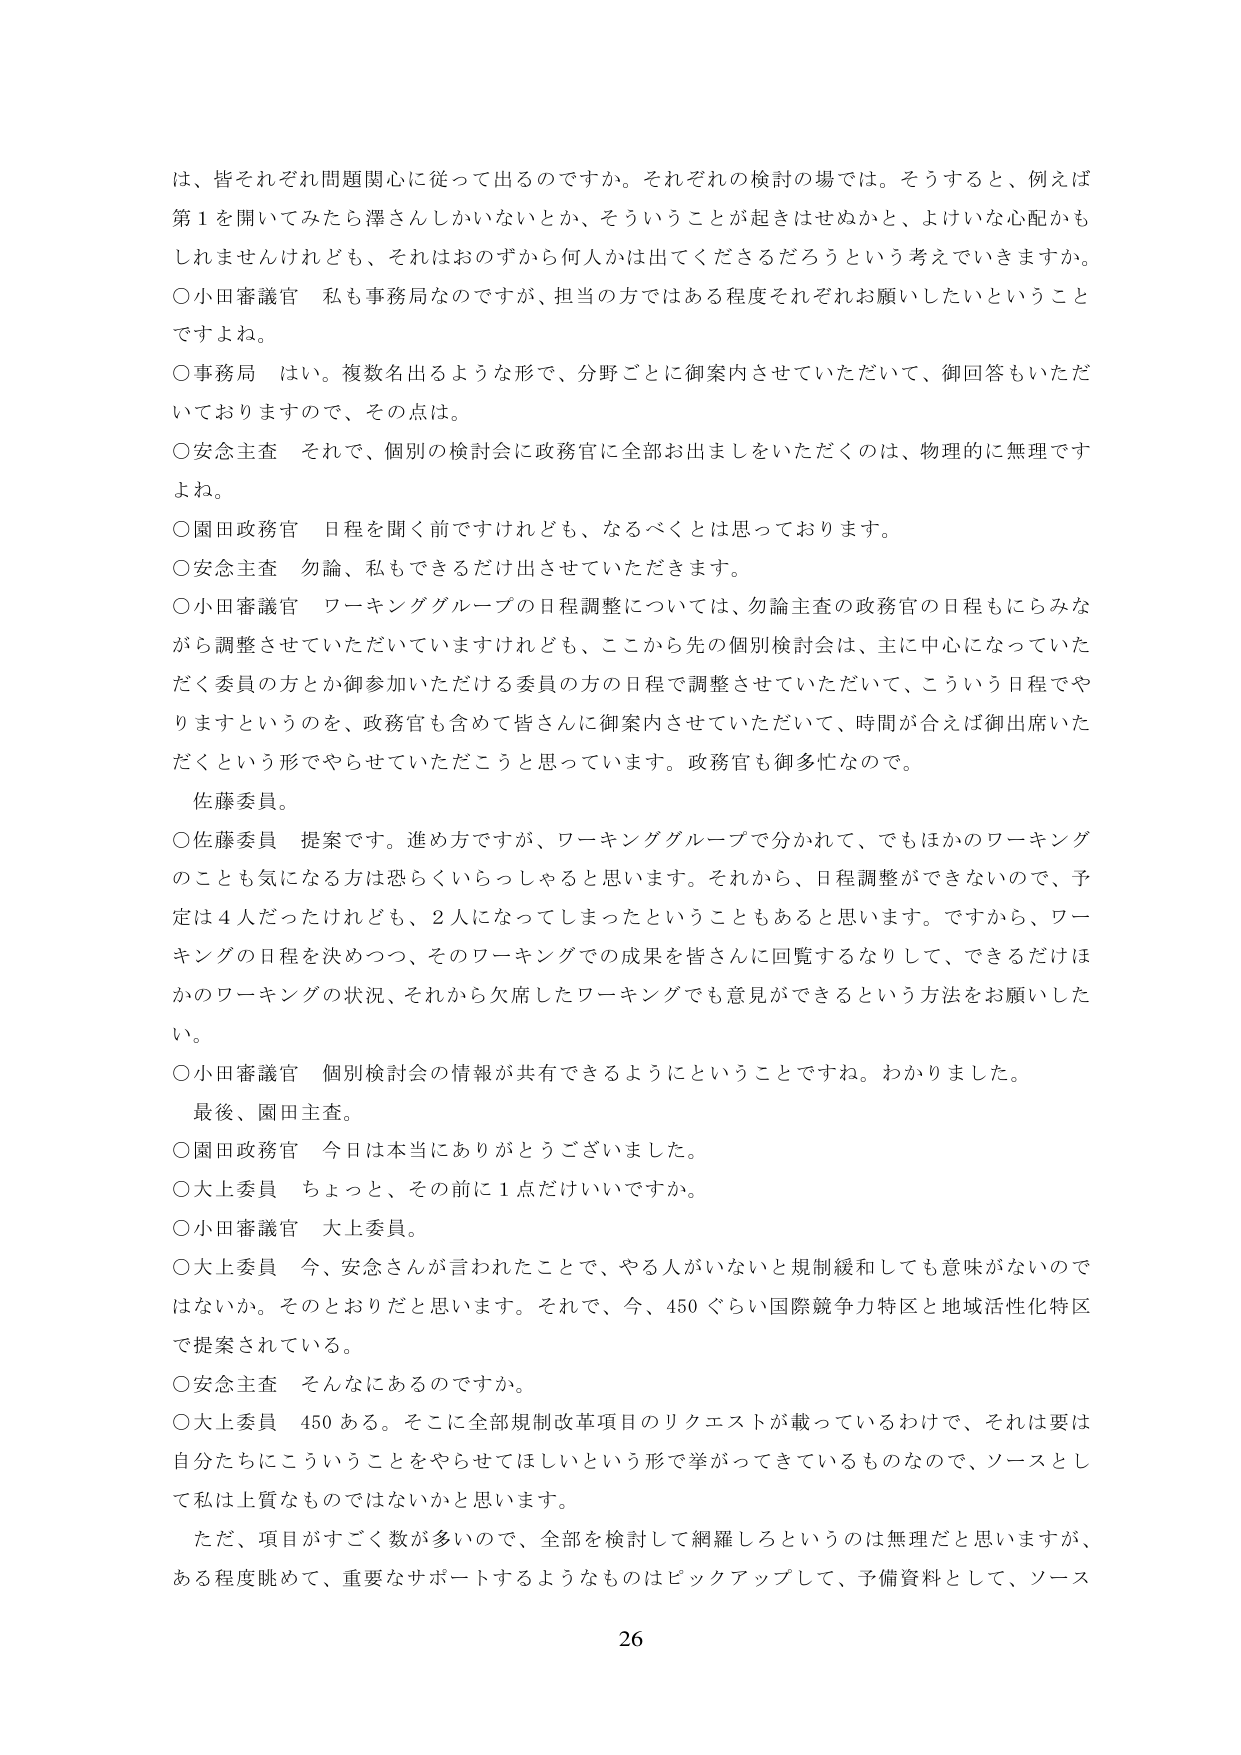
は、皆それぞれ問題関心に従って出るのですか。それぞれの検討の場では。そうすると、例えば第１を開いてみたら澤さんしかいないとか、そういうことが起きはせぬかと、よけいな心配かもしれませんけれども、それはおのずから何人かは出てくださるだろうという考えていきますか。

○小田審議官　私も事務局なのですが、担当の方ではある程度それぞれお願いしたいということですよね。

○事務局　はい。複数名出るような形で、分野ごとに御案内させていただいて、御回答もいただいておりますので、その点は。

○安念主査　それで、個別の検討会に政務官に全部お出ましをいただくのは、物理的に無理ですよね。

○園田政務官　日程を聞く前ですけれども、なるべくとは思っております。

○安念主査　勿論、私もできるだけ出させていただきます。

○小田審議官　ワーキンググループの日程調整については、勿論主査の政務官の日程もにらみながら調整させていただいていますけれども、ここから先の個別検討会は、主に中心になっていただく委員の方とか御参加いただける委員の方の日程で調整させていただいて、こういう日程でやりますというのを、政務官も含めて皆さんに御案内させていただいて、時間が合えば御出席いただくという形でやらせていただこうと思っています。政務官も御多忙なので。

佐藤委員。

○佐藤委員　提案です。進め方ですが、ワーキンググループで分かれて、でもほかのワーキングのことも気になる方は恐らくいらっしゃると思います。それから、日程調整ができないので、予定は４人だったけれども、２人になってしまったということもあると思います。ですから、ワーキングの日程を決めつつ、そのワーキングでの成果を皆さんに回覧するなりして、できるだけほかのワーキングの状況、それから欠席したワーキングでも意見ができるという方法をお願いしたい。

○小田審議官　個別検討会の情報が共有できるようにということですね。わかりました。

最後、園田主査。

○園田政務官　今日は本当にありがとうございました。

○大上委員　ちょっと、その前に１点だけいいですか。

○小田審議官　大上委員。

○大上委員　今、安念さんが言われたことで、やる人がいないと規制緩和しても意味がないのではないか。そのとおりだと思います。それで、今、450ぐらい国際競争力特区と地域活性化特区で提案されている。

○安念主査　そんなにあるのですか。

○大上委員　450ある。そこに全部規制改革項目のリクエストが載っているわけで、それは要は自分たちにこういうことをやらせてほしいという形で挙がってきているものなので、ソースとして私は上質なものではないかと思います。

ただ、項目がすごく数が多いので、全部を検討して網羅しろというのは無理だと思いますが、ある程度眺めて、重要なサポートするようなものはピックアップして、予備資料として、ソース

26